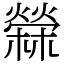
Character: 檾